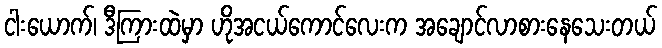
ငါးယောက်၊ ဒီကြားထဲမှာ ဟိုအငယ်ကောင်လေးက အချောင်လာစားနေသေးတယ်